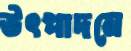
উৎপাদনে